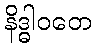
နိဒ္ဓါဝတေ